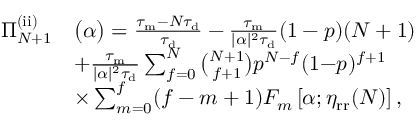
\begin{array} { r l } { \Pi _ { N + 1 } ^ { \mathrm { ( i i ) } } } & { \big ( \alpha \big ) = \frac { \tau _ { \mathrm { m } } - N \tau _ { \mathrm { d } } } { \tau _ { \mathrm { d } } } - \frac { \tau _ { \mathrm { m } } } { | \alpha | ^ { 2 } \tau _ { \mathrm { d } } } ( 1 - p ) ( N + 1 ) } \\ & { + \frac { \tau _ { \mathrm { m } } } { | \alpha | ^ { 2 } \tau _ { \mathrm { d } } } \sum _ { f = 0 } ^ { N } \binom { N + 1 } { f + 1 } p ^ { N - f } ( 1 { - } p ) ^ { f + 1 } } \\ & { \times \sum _ { m = 0 } ^ { f } ( f - m + 1 ) F _ { m } \left[ \alpha ; \eta _ { \mathrm { r r } } ( N ) \right] , } \end{array}